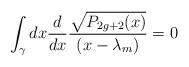
LaTeX: \begin{align*}\int_{\gamma}dx {d\over dx} {\sqrt{P_{2g+2}(x)}\over(x-\lambda_m)}=0\end{align*}